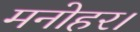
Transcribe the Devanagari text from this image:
मनोहर।